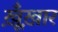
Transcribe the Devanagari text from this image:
ख़ूँख़ार